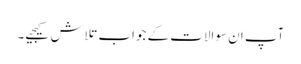
آپ ان سوالات کے جواب تلاش کیجیے۔